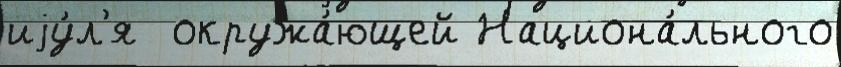
иjу́л'я  окружа́ющей Национа́льного